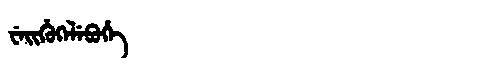
Manchu: ᠸᡝᡳᡥᡠᡴᡝᠯᡝᠪᡠᡥᡝ
Romanization: WEIHUKELEBUHE